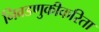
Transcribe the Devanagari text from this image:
निवडणुकीकरिता